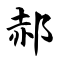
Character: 郝